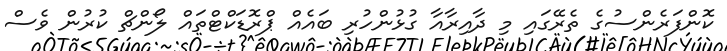
ކޮންފަރެންސުގެ ތެރޭގައި މި ދާއިރާއާ ގުޅުންހުރި ބައެއް ޕްރޮޑަކްޓްތައް ލޯންޗް ކުރުން ވެސް